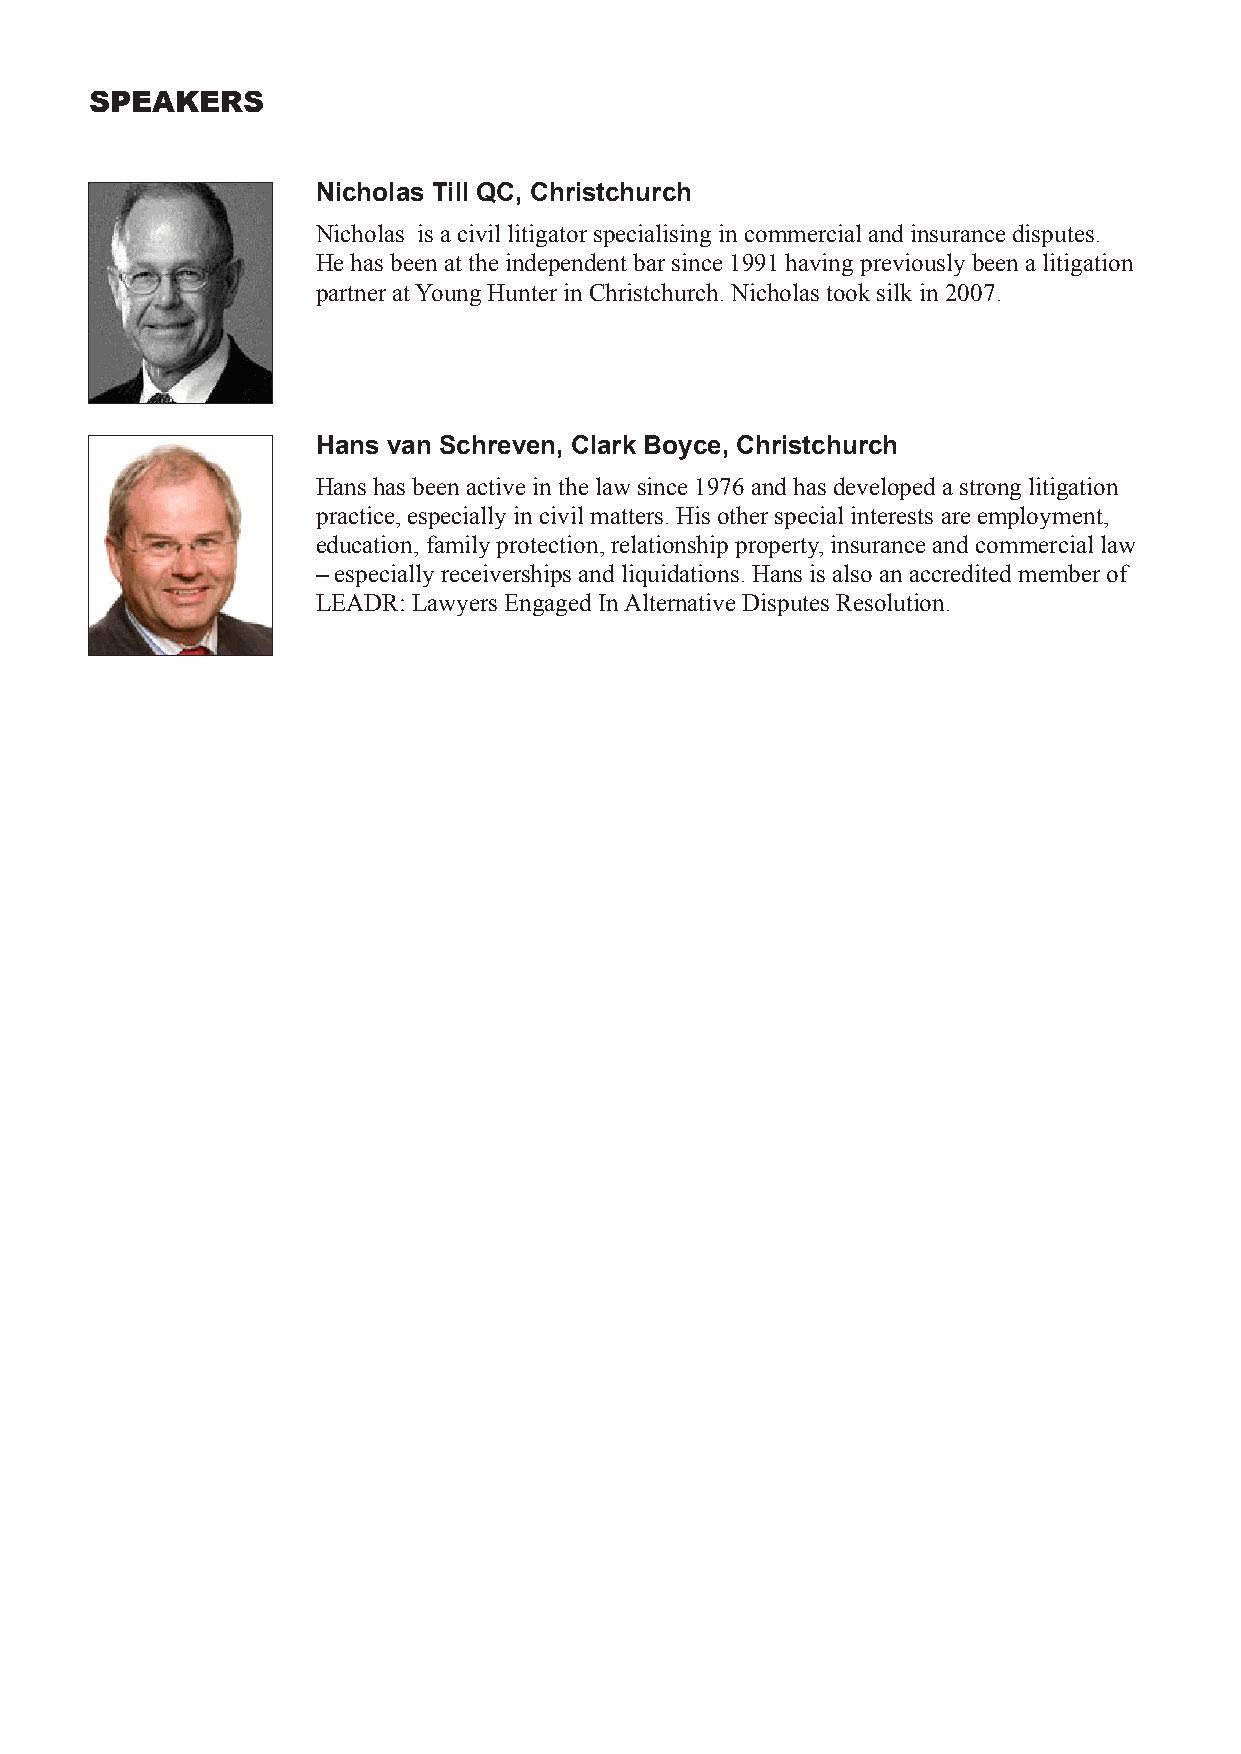
SPEAKERS
 Nicholas Till QC, Christchurch
 Nicholas is a civil litigator specialising in commercial and insurance disputes.
 He has been at the independent bar since 1991 having previously been a litigation
 partner at Young Hunter in Christchurch. Nicholas took silk in 2007.
 Hans van Schreven, Clark Boyce, Christchurch
 Hans has been active in the law since 1976 and has developed a strong litigation
 practice, especially in civil matters. His other special interests are employment,
 education, family protection, relationship property, insurance and commercial law
 – especially receiverships and liquidations. Hans is also an accredited member of
 LEADR: Lawyers Engaged In Alternative Disputes Resolution.